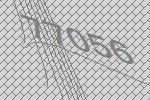
77056